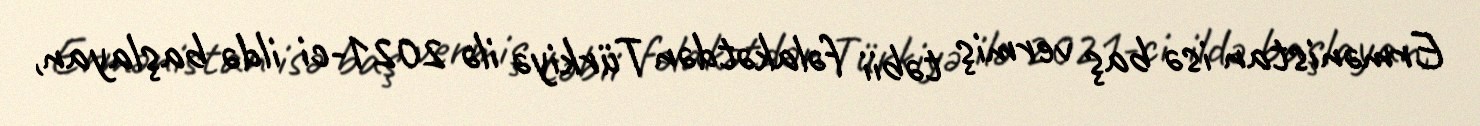
Ermənistan isə baş vermiş təbii fəlakətdən Türkiyə ilə 2021-ci ildə başlayan,